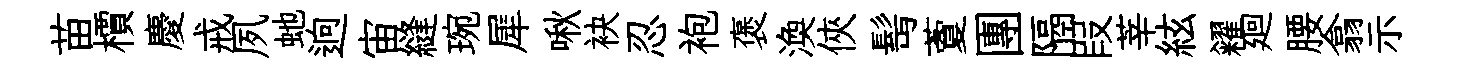
苗檟慶戒夙虵逈宙縫琬犀啾袂忍袍褒渙俠髩藑團隔叚莘絃糴廻腰翕示